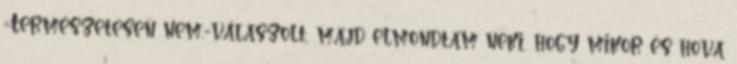
-Természetesen nem.-válaszolt, majd elmondtam neki, hogy mikor és hova